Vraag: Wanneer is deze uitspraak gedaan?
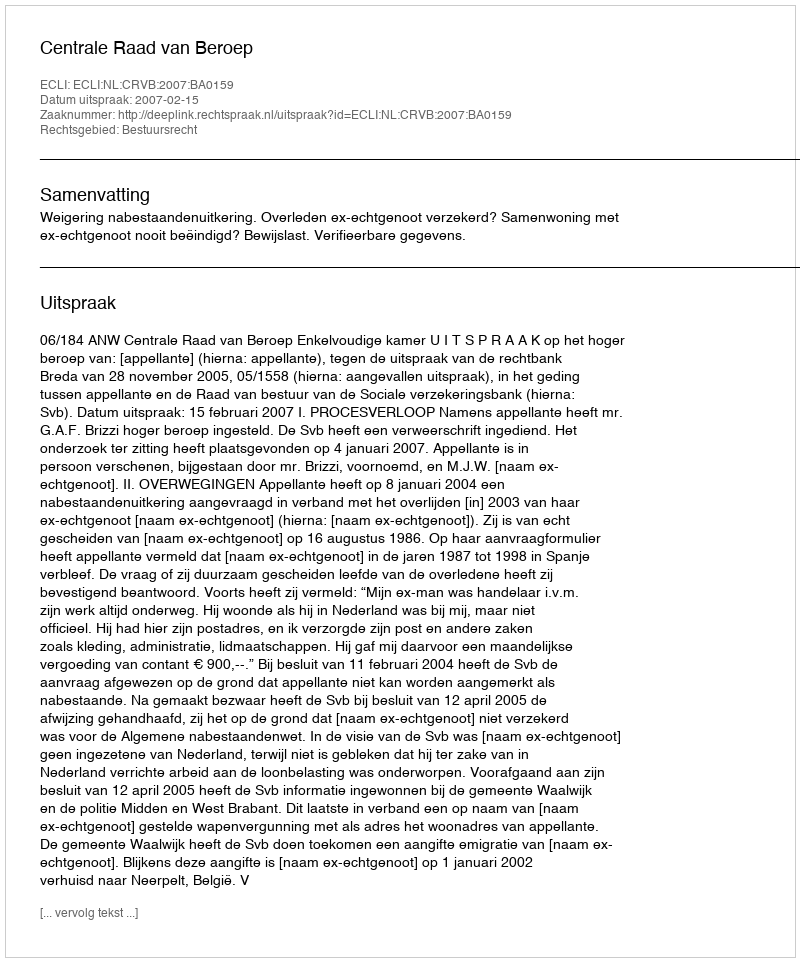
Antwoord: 2007-02-15